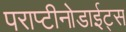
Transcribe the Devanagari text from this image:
पराप्टीनोडाईट्स